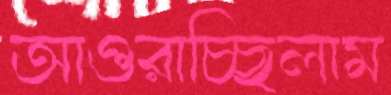
আওরাচ্ছিলাম